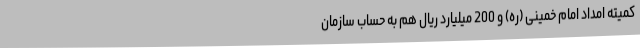
کمیته امداد امام خمینی (ره) و 200 میلیارد ریال هم به حساب سازمان